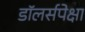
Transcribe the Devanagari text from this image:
डॉलर्सपेक्षा